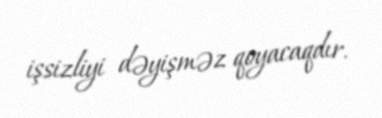
işsizliyi dəyişməz qoyacaqdır.